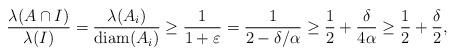
LaTeX: \begin{align*}\frac{\lambda(A\cap I)}{\lambda(I)}=\frac{\lambda(A_i)}{{\rm{diam}}(A_i)}\geq \frac{1}{1+\varepsilon}=\frac{1}{2-\delta/\alpha}\geq \frac12+\frac{\delta}{4\alpha}\geq \frac{1}{2}+\frac{\delta}{2},\end{align*}